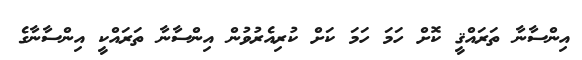
އިންސާނާ ތަރައްޤީ ކޮށް ހަމަ ހަމަ ކަށް ކުރިއެރުވުން އިންސާނާ ތަރައްކީ އިންސާނާގެ